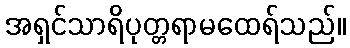
အရှင်သာရိပုတ္တရာမထေရ်သည်။